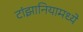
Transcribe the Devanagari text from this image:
टांझानियामध्ये